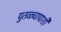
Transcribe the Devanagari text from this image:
पुतळ्यापाशी